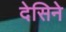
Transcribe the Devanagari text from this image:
देसिने